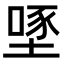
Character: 𡏔